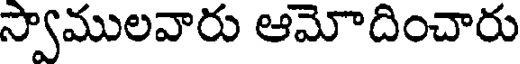
స్వాములవారు ఆమోదించారు